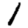
Digit: 1